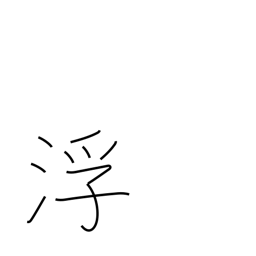
Meaning: rise to surface